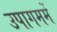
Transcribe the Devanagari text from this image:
उपागममें